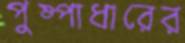
পুষ্পাধারের